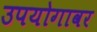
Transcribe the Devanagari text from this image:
उपयोगावर